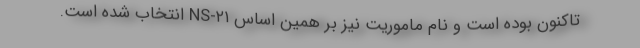
تاکنون بوده است و نام ماموریت نیز بر همین اساس NS-۲۱ انتخاب شده است.